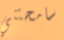
سامحتني